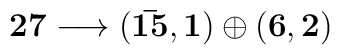
\bf 27 \longrightarrow ({\bar{15}},1)\oplus (6,2)\,